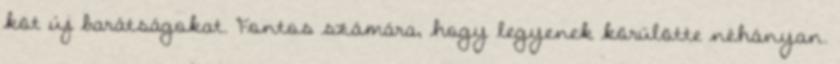
köt új barátságokat. Fontos számára, hogy legyenek körülötte néhányan.